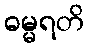
ဓမ္မရတိ